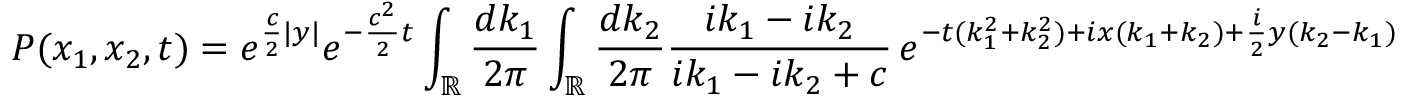
P ( x _ { 1 } , x _ { 2 } , t ) = e ^ { \frac { c } { 2 } | y | } e ^ { - \frac { c ^ { 2 } } { 2 } t } \int _ { \mathbb { R } } \frac { d k _ { 1 } } { 2 \pi } \int _ { \mathbb { R } } \frac { d k _ { 2 } } { 2 \pi } \frac { i k _ { 1 } - i k _ { 2 } } { i k _ { 1 } - i k _ { 2 } + c } \, e ^ { - t ( k _ { 1 } ^ { 2 } + k _ { 2 } ^ { 2 } ) + i x ( k _ { 1 } + k _ { 2 } ) + \frac { i } { 2 } y ( k _ { 2 } - k _ { 1 } ) }